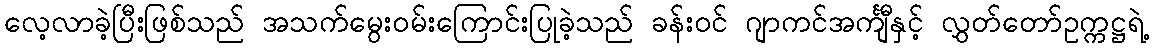
လေ့လာခဲ့ပြီးဖြစ်သည် အသက်မွေးဝမ်းကြောင်းပြုခဲ့သည် ခန်းဝင် ဂျာကင်အင်္ကျီနှင့် လွှတ်တော်ဥက္ကဋ္ဌရဲ့